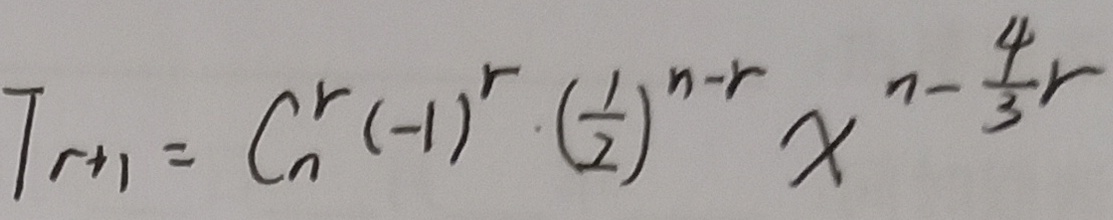
T _ { r + 1 } = C _ { n } ^ { r } ( - 1 ) ^ { r } ( \frac { 1 } { 2 } ) ^ { n - r } x ^ { n - \frac { 4 } { 3 } r }